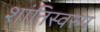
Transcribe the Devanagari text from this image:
शांतिस्वरुप